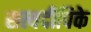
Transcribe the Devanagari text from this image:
सत्यदीपिके